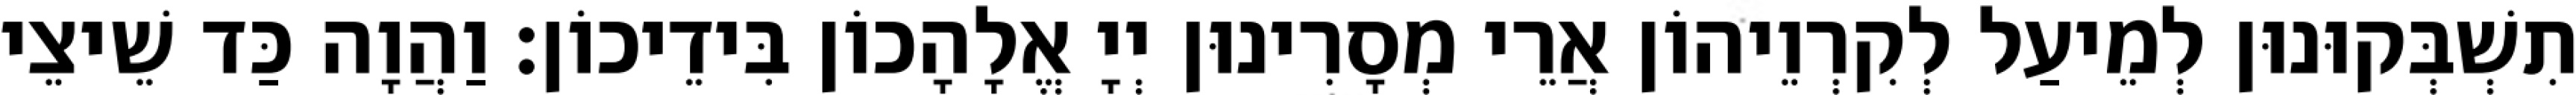
תִשְׁבְּקוּנוּן לְמֵיעַל לְקִרְוֵיהוֹן אֲרֵי מְסָרִינוּן יְיָ אֱלָהָכוֹן בִּידֵיכוֹן׃ וַהֲוָה כַּד שֵׁיצֵי